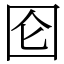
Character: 囵